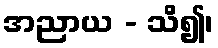
အညာယ - သိ၍၊